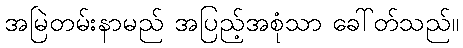
အမြဲတမ်းနာမည် အပြည့်အစုံသာ ခေါ်တ်သည်။